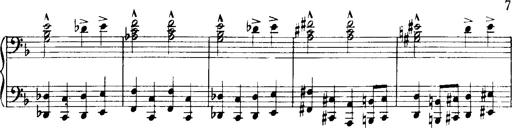
Title: Historische ungarische Bildnisse
Composer: Franz Liszt